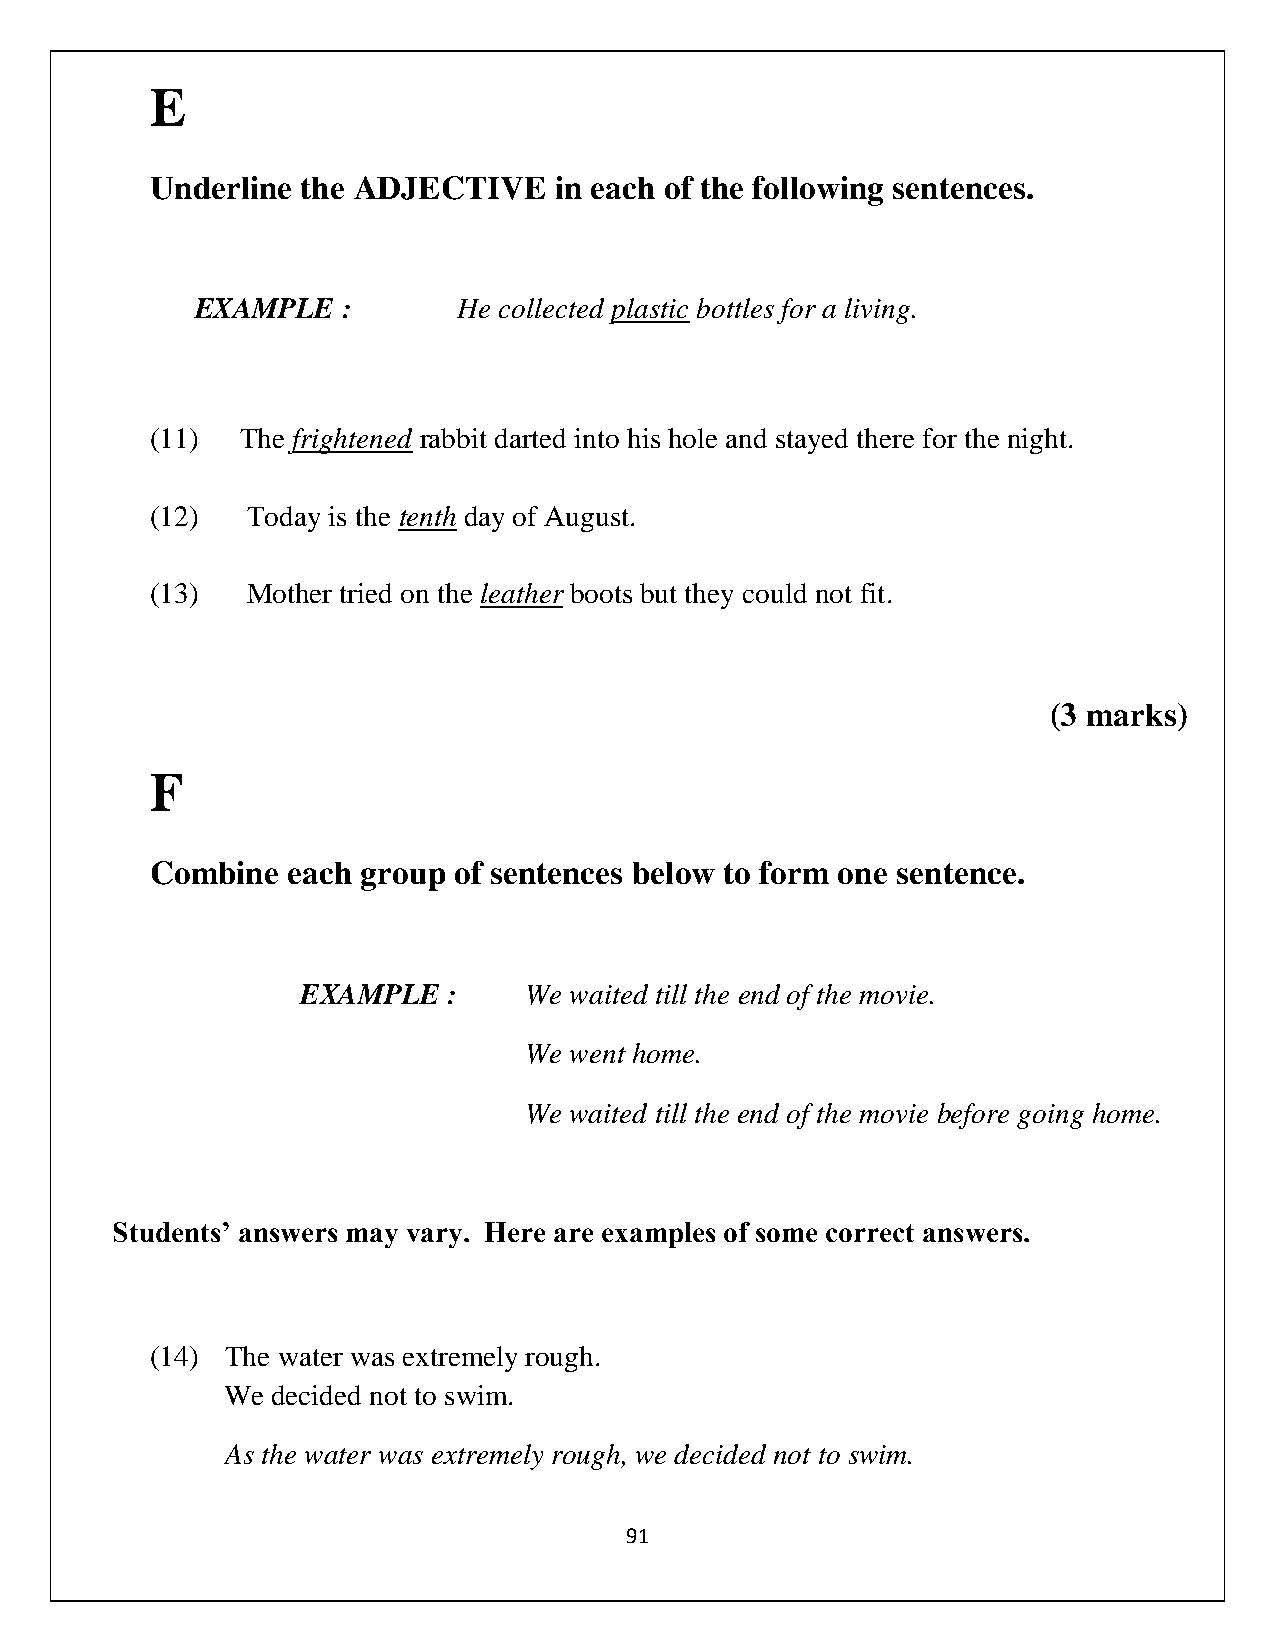
E
 Underline the ADJECTIVE    in each of the following sentences.
 EXAMPLE   :      He collected plastic bottles for a living.
 (11)  The frightened rabbit darted into his hole and stayed there for the night.
 (12)  Today is the tenth day of August.
 (13)  Mother tried on the leather boots but they could not fit.
 (3 marks)
 F
 Combine  each group of sentences below to form one sentence.
 EXAMPLE   :    We waited till the end of the movie.
 We went home.
 We waited till the end of the movie before going home.
 Students’ answers may vary. Here are examples of some correct answers.
 (14) The water was extremely rough.
 We decided not to swim.
 As the water was extremely rough, we decided not to swim.
 91